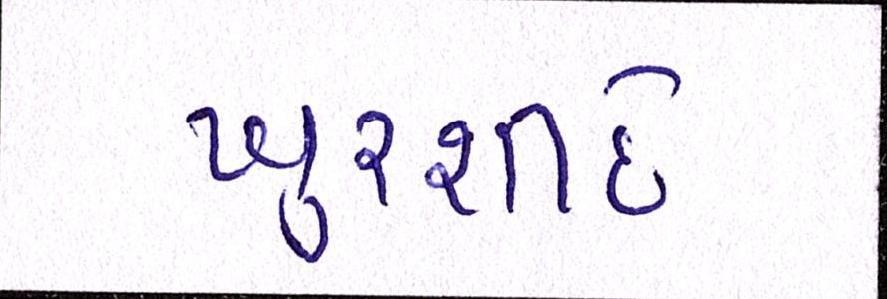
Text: ખુરશીદે